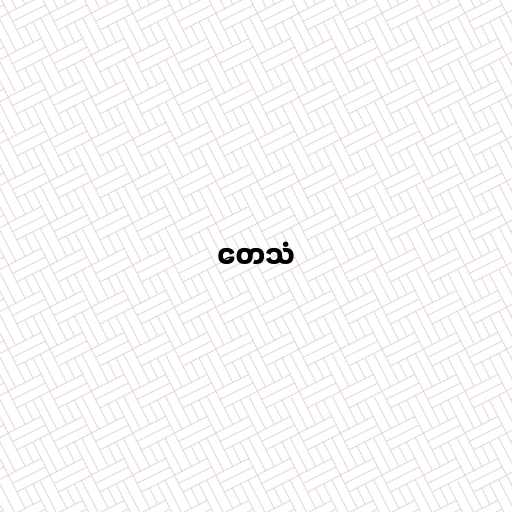
တေသံ